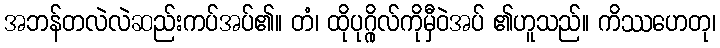
အဘန်တလဲလဲဆည်းကပ်အပ်၏။ တံ၊ ထိုပုဂ္ဂိုလ်ကိုမှီဝဲအပ် ၏ဟူသည်။ ကိဿဟေတု၊